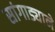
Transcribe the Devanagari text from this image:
सांगाड्याने